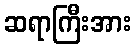
ဆရာကြီးအား